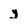
Character: y